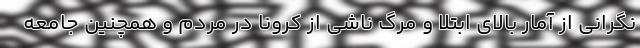
نگرانی از آمار بالای ابتلا و مرگ ناشی از کرونا در مردم و همچنین جامعه